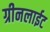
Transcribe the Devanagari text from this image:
ग्रीनलाईट